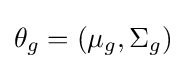
\theta _{g}=(\mu _{g},\Sigma _{g})